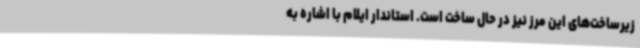
زیرساخت‌های این مرز نیز در حال ساخت است. استاندار ایلام با اشاره به